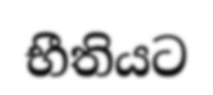
භීතියට